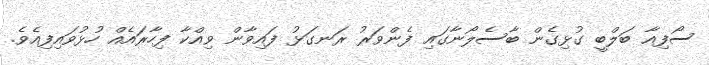
ސޯފިއާ ބަލްބީ ގުޅިގެން ބާސެލޯނާގައި ފެންވަރު ރަނގަޅު ފައިވާން ވިއްކާ ފިހާރައެއް ހުޅުވައިފިއެވެ.